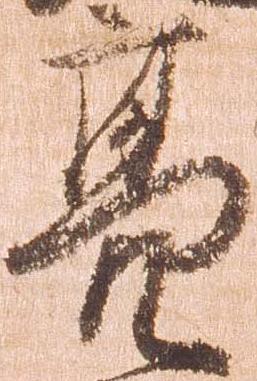
亮